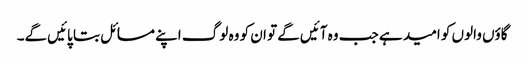
گاؤں والوں کو امید ہے جب وہ آئیں‌گے تو ان کو وہ لوگ اپنے مسائل بتا پائیں‌گے۔